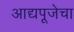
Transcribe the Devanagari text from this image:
आद्यपूजेचा